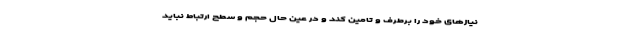
نیازهای خود را برطرف و تامین کند و در عین حال حجم و سطح ارتباط نباید